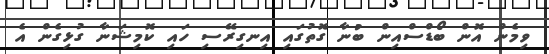
ވިމެން އޮން ބޯޑްސްއިން ބުނާ ގޮތުގައި އިނގިރޭސި ހައި ކޮމިޝަނާ ގުޅިގެން އެ